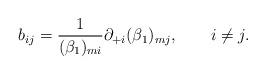
LaTeX: \begin{align*}b_{ij} = \frac{1}{(\beta_1)_{mi}} \partial_{+i} (\beta_1)_{mj}, \qquad i \ne j.\end{align*}